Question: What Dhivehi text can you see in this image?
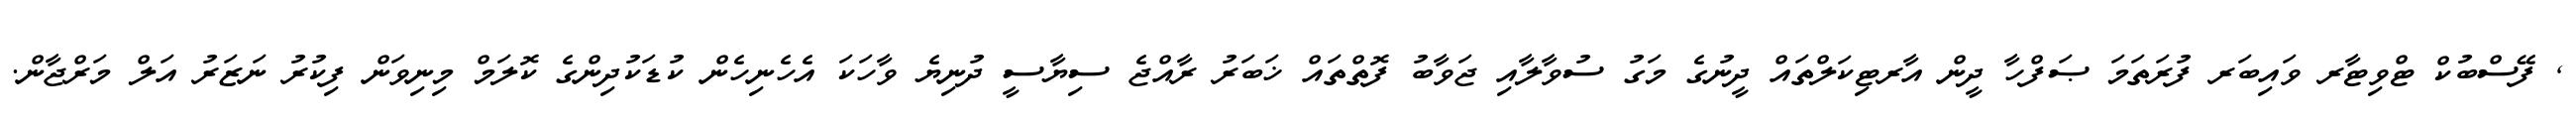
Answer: , ފޭސްބުކް ޓްވިޓާރ ވައިބަރ ފުރަތަމަ ޞަފްހާ ދީން އާރޓިކަލްތައް ދީނުގެ މަގު ސުވާލާއި ޖަވާބު ފޮތްތައް ޚަބަރު ރާއްޖެ ސިޔާސީ ދުނިޔެ ވާހަކަ އެހެނިހެން ކުޑަކުދިންގެ ކޮލަމް މިނިވަން ފިކުރު ނަޒަރު އަލް މަރްޖާން.